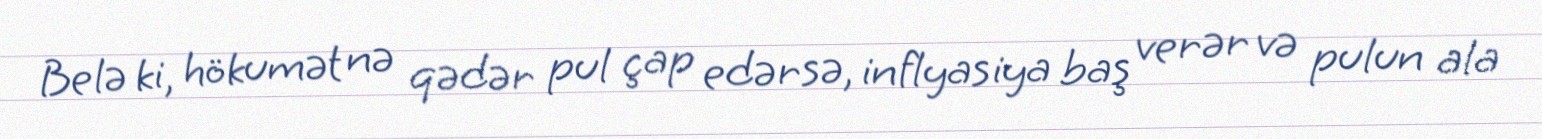
Belə ki, hökumət nə qədər pul çap edərsə, inflyasiya baş verər və pulun ala